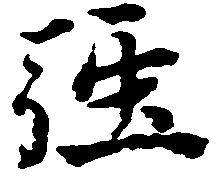
強